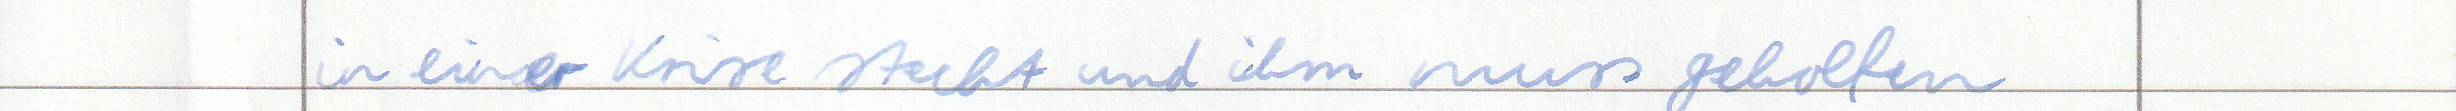
in einer Krise steckt und ihm muss geholfen